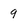
Character: 9